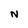
Character: N